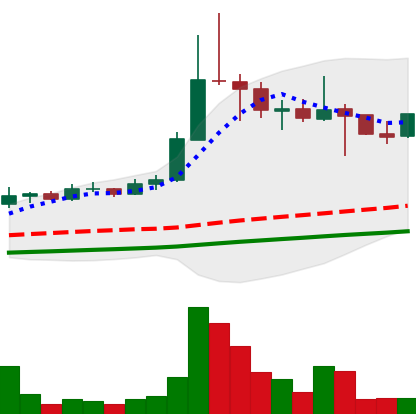
Ticker: ETC-USD
Chart end date: 2021-04-26
Forward return: 35.958%
Label: up_7plus